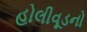
હોલીવૂડનો